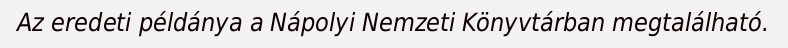
Az eredeti példánya a Nápolyi Nemzeti Könyvtárban megtalálható.